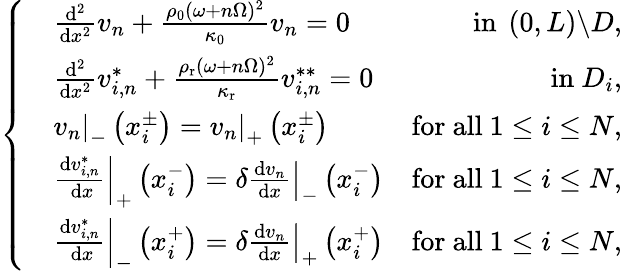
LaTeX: \left\{ \begin{array}{rlr}&{\frac{\mathrm{d}^{2}}{\mathrm{d}x^{2}}v_{n}+\frac{\rho_{0}(\omega+n\Omega)^{2}}{\kappa_{0}}v_{n}=0}&{\mathrm{~in~}\left(0,L\right)\backslash D,}\\ &{\frac{\mathrm{d}^{2}}{\mathrm{d}x^{2}}v_{i,n}^{*}+\frac{\rho_{\mathrm{r}}(\omega+n\Omega)^{2}}{\kappa_{\mathrm{r}}}v_{i,n}^{**}=0}&{\mathrm{in~}D_{i},}\\ &{\left.v_{n}\right|_{-}\left(x_{i}^{\pm}\right)=\left.v_{n}\right|_{+}\left(x_{i}^{\pm}\right)}&{\mathrm{for~all~}1\leq i\leq N,}\\ &{\left.\frac{\mathrm{d}v_{i,n}^{*}}{\mathrm{~d}x}\right|_{+}\left(x_{i}^{-}\right)=\left.\delta\frac{\mathrm{d}v_{n}}{\mathrm{d}x}\right|_{-}\left(x_{i}^{-}\right)}&{\mathrm{for~all~}1\leq i\leq N,}\\ &{\left.\frac{\mathrm{d}v_{i,n}^{*}}{\mathrm{~d}x}\right|_{-}\left(x_{i}^{+}\right)=\left.\delta\frac{\mathrm{d}v_{n}}{\mathrm{d}x}\right|_{+}\left(x_{i}^{+}\right)}&{\mathrm{for~all~}1\leq i\leq N,}\end{array}\right.